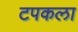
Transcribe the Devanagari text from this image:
टपकला